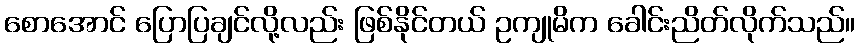
စောအောင် ပြောပြချင်လို့လည်း ဖြစ်နိုင်တယ် ဥကျုမိက ခေါင်းညိတ်လိုက်သည်။